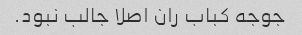
جوجه کباب ران اصلا جالب نبود.